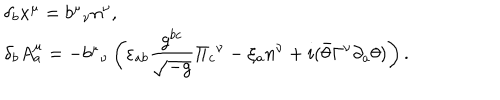
\begin{array} { l } { { \delta _ { b } x ^ { \mu } = { b ^ { \mu } } _ { \nu } n ^ { \nu } , } } \\ { { \delta _ { b } A _ { a } ^ { \mu } = - { b ^ { \mu } } _ { \nu } \displaystyle \left( \varepsilon _ { a b } \frac { g ^ { b c } } { \sqrt { - g } } { \Pi _ { c } } ^ { \nu } - \xi _ { a } n ^ { \nu } + i ( \bar { \theta } \Gamma ^ { \nu } \partial _ { a } \theta ) \right) . } } \\ \end{array}